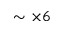
\sim \times 6